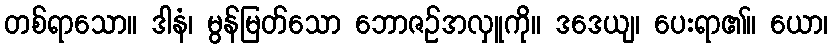
တစ်ရာသော။ ဒါနံ၊ မွန်မြတ်သော ဘောဇဉ်အလှူကို။ ဒဒေယျ၊ ပေးရာ၏။ ယော၊